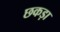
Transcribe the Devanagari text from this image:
छकड़ा